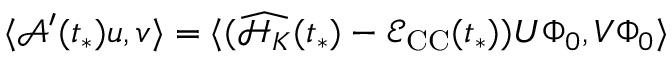
\langle \mathcal { A } ^ { \prime } ( t _ { * } ) u , v \rangle = \langle ( \widehat { \mathcal { H } _ { K } } ( t _ { * } ) - \mathcal { E } _ { \mathrm { C C } } ( t _ { * } ) ) U \Phi _ { 0 } , V \Phi _ { 0 } \rangle